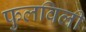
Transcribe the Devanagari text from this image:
फुलविली